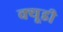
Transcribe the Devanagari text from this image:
क्यूडी